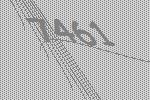
7461